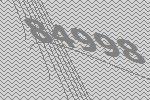
84998